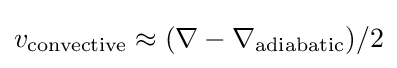
v_{\text{convective}}\approx (\nabla -\nabla _{\text{adiabatic}})/2